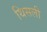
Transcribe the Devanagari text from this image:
थिसली